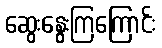
ဆွေးနွေးကြကြောင်း